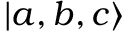
| a , b , c \rangle